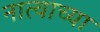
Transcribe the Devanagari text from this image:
नात्याच्या